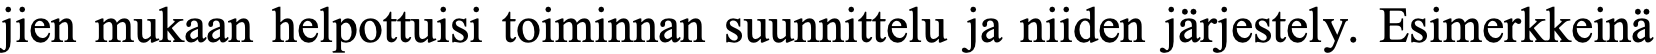
jien mukaan helpottuisi toiminnan suunnittelu ja niiden järjestely. Esimerkkeinä